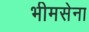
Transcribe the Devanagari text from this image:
भीमसेना